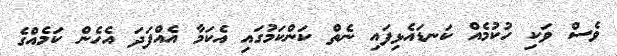
ވެސް ވަކި ހުކުމެއް ކަނޑައެޅިފައި ނެތް ކަންކަމުގައި އެކަމާ އެއްފަދަ އެހެން ކަމެއްގެ